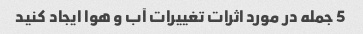
5 جمله در مورد اثرات تغییرات آب و هوا ایجاد کنید